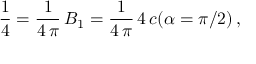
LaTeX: \frac { 1 } { 4 } = \frac { 1 } { 4 \, \pi } \, B _ { 1 } = \frac { 1 } { 4 \, \pi } \, 4 \, c ( \alpha = \pi / 2 ) \, { , }